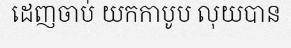
ដេញចាប់ យកកាបូប លុយបាន